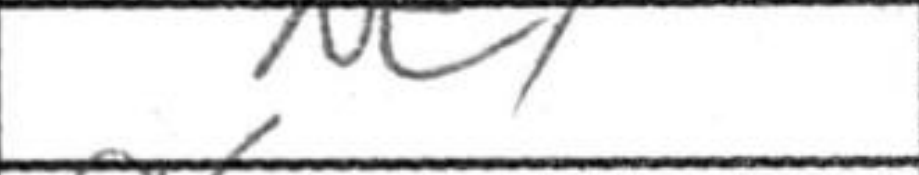
Transcription: Nc7